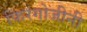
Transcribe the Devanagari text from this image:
फिरंगोजीनी